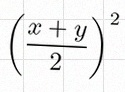
\left(\frac{x+y}{2}\right)^2